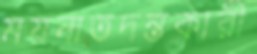
ময়নাতদন্তকারী